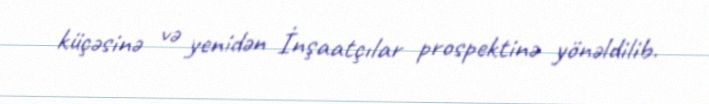
küçəsinə və yenidən İnşaatçılar prospektinə yönəldilib.